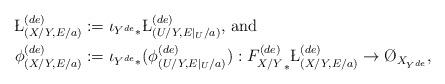
LaTeX: \begin{align*}\L^{(de)}_{(X/Y,E/a)}&:={\iota_{Y^{de}}}_*\L^{(de)}_{(U/Y,E|_U/a)}\textup{, and}\\ \phi^{(de)}_{(X/Y,E/a)}&:={\iota_{Y^{de}}}_*(\phi^{(de)}_{(U/Y,E|_U/a)}):{F^{(de)}_{X/Y}}_*\L^{(de)}_{(X/Y,E/a)}\to\O_{X_{Y^{de}}}, \end{align*}